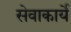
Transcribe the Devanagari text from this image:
सेवाकार्ये